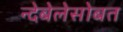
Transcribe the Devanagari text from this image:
न्देबेलेसोबत